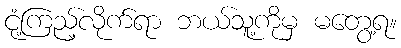
ငုံ့ကြည့်လိုက်ရာ ဘယ်သူ့ကိုမှ မတွေ့ရ။